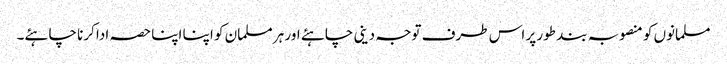
مسلمانوں کو منصوبہ بند طور پر اس طرف توجہ دینی چاہئے اور ہر مسلمان کو اپنا اپنا حصہ ادا کرنا چاہئے۔